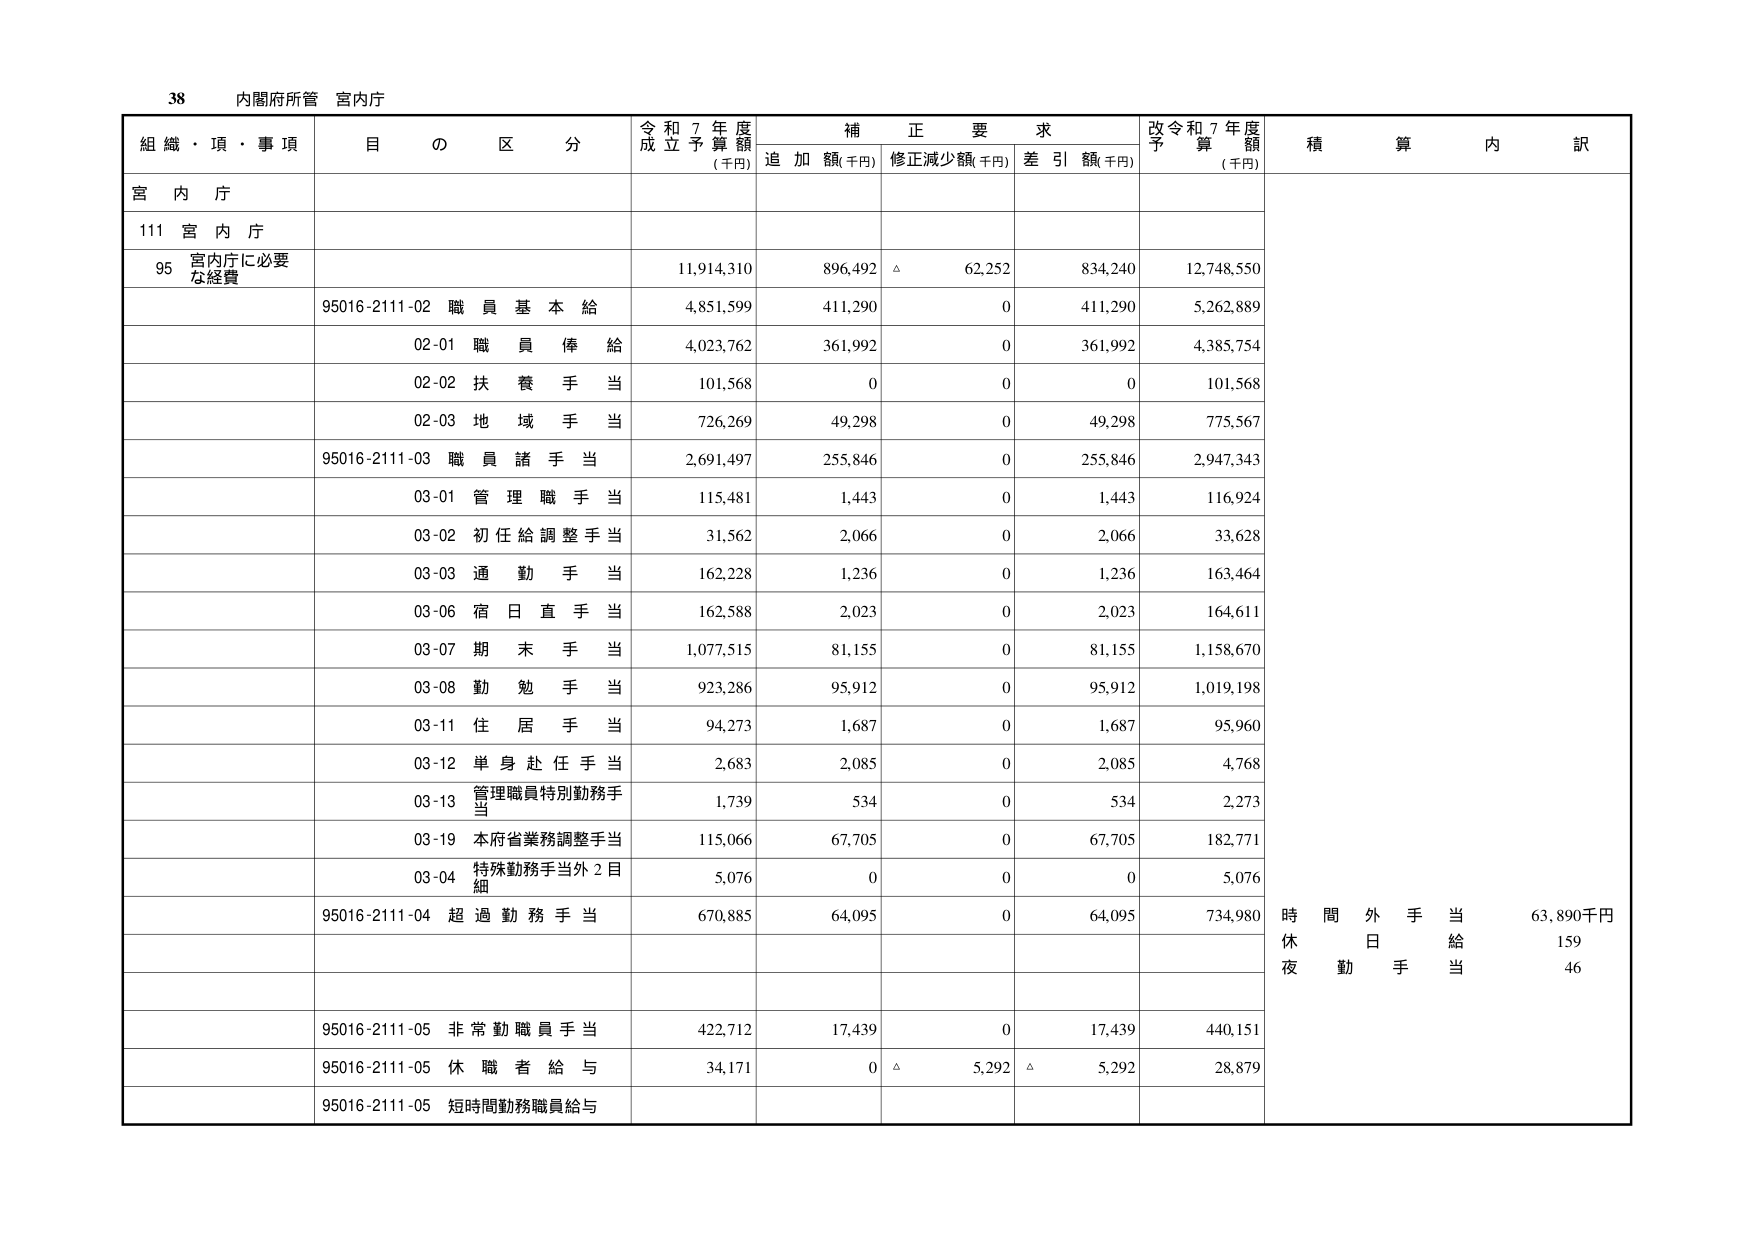
38 内閣府所管 宮内庁

組織・頂・事項 目の区分 令和7年度成立予算額(千円) 補正要求 追加額(千円) 修正減少額(千円) 差引額(千円) 改令和7年度予算額(千円) 積算内訳

宮内庁

111 宮内庁

95 宮内庁に必要な経費 11,914,310 896,492 △ 62,252 834,240 12,748,550

95016-2111-02 職員基本給 4,851,599 411,290 0 411,290 5,262,889

02-01 職員俸給 4,023,762 361,992 0 361,992 4,385,754

02-02 扶養手当 101,568 0 0 0 101,568

02-03 地域手当 726,269 49,298 0 49,298 775,567

95016-2111-03 職員諸手当 2,691,497 255,846 0 255,846 2,947,343

03-01 管理職手当 115,481 1,443 0 1,443 116,924

03-02 初任給調整手当 31,562 2,066 0 2,066 33,628

03-03 通勤手当 162,228 1,236 0 1,236 163,464

03-06 宿日直手当 162,588 2,023 0 2,023 164,611

03-07 期末手当 1,077,515 81,155 0 81,155 1,158,670

03-08 勤勉手当 923,286 95,912 0 95,912 1,019,198

03-11 住居手当 94,273 1,687 0 1,687 95,960

03-12 単身赴任手当 2,683 2,085 0 2,085 4,768

03-13 管理職員特別勤務手当 1,739 534 0 534 2,273

03-19 本府省業務調整手当 115,066 67,705 0 67,705 182,771

03-04 特殊勤務手当外2目細 5,076 0 0 0 5,076

95016-2111-04 超過勤務手当 670,885 64,095 0 64,095 734,980 時間外手当 63,890千円 休日手当 159 夜勤手当 46

95016-2111-05 非常勤職員手当 422,712 17,439 0 17,439 440,151

95016-2111-05 休職者給与 34,171 0 △ 5,292 △ 5,292 28,879

95016-2111-05 短時間勤務職員給与